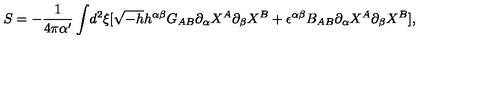
S = - \frac { 1 } { 4 \pi \alpha ^ { \prime } } \int \! d ^ { 2 } \xi [ \sqrt { - h } h ^ { \alpha \beta } G _ { A B } { \partial _ { \alpha } } X ^ { A } { \partial _ { \beta } } X ^ { B } + \epsilon ^ { \alpha \beta } B _ { A B } { \partial _ { \alpha } } { X ^ { A } } { \partial _ { \beta } } { X ^ { B } } ] ,